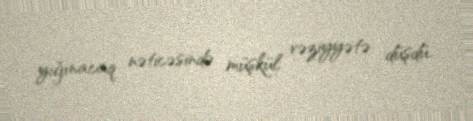
yığınacaq nəticəsində müşkül vəziyyətə düşdü.